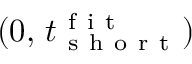
( 0 , \, t _ { \mathrm { ~ s ~ h ~ o ~ r ~ t ~ } } ^ { \mathrm { ~ f ~ i ~ t ~ } } )